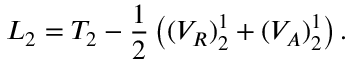
L _ { 2 } = T _ { 2 } - { \frac { 1 } { 2 } } \left( ( V _ { R } ) _ { 2 } ^ { 1 } + ( V _ { A } ) _ { 2 } ^ { 1 } \right) .